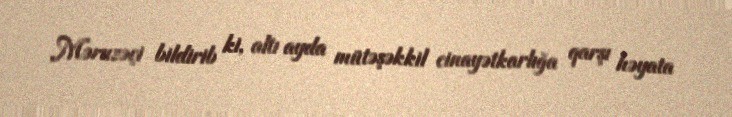
Məruzəçi bildirib ki, altı ayda mütəşəkkil cinayətkarlığa qarşı həyata